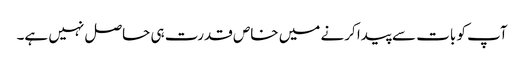
آپ کو بات سے پیدا کرنے میں خاص قدرت ہی حاصل نہیں ہے۔